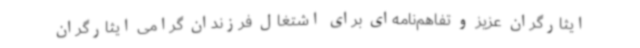
ایثارگران عزیز و تفاهم‌نامه‌ای برای اشتغال فرزندان گرامی ایثارگران